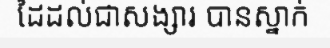
ដៃដល់ជាសង្សារ បានស្នាក់